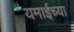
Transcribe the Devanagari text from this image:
यमाईच्या